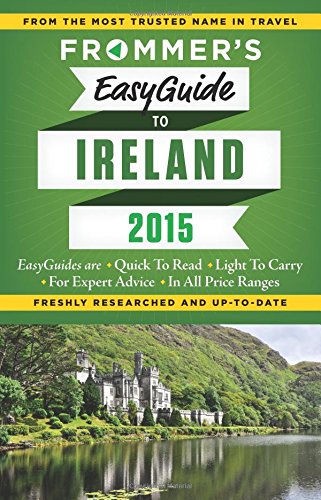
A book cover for Frommer's EasyGuide to Ireland 2015 (Easy Guides); Jack Jewers; Travel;